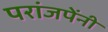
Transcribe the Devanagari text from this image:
परांजपेंनी